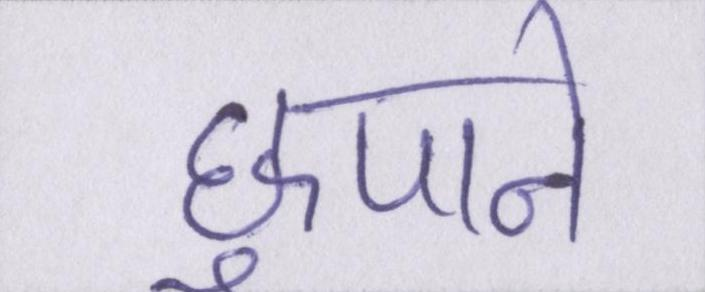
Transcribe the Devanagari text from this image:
छुपाने